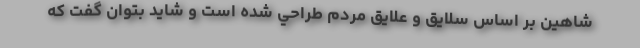
شاهين بر اساس سلايق و علايق مردم طراحي شده است و شايد بتوان گفت كه